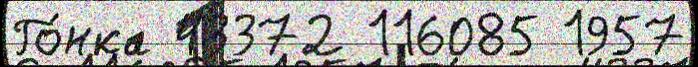
Го́нка 43372 116085 1957